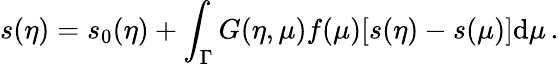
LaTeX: s(\eta)=s_{0}(\eta)+\int_{\Gamma}G(\eta,\mu)f(\mu)[s(\eta)-s(\mu)]\mathrm{d}\mu\, .